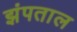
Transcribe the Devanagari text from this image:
झंपताल